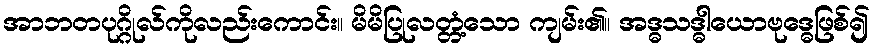
အာဘတပုဂ္ဂိုလ်ကိုလည်းကောင်း။ မိမိပြုလတ္တံ့သော ကျမ်း၏။ အဒ္ဓသဒ္ဓါယောဗုဒ္ဓေဖြစ်၍